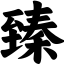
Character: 臻